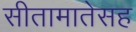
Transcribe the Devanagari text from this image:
सीतामातेसह